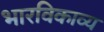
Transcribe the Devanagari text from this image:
भारविकाव्य